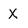
Character: X